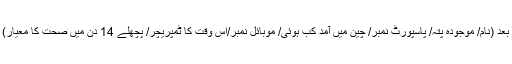
دو حکومتی سرٹیفیکیٹ کوڈ دیکھنے کے بعد (نام/ موجودہ پتہ/ پاسپورٹ نمبر/ چین میں آمد کب ہوئی/ موبائل نمبر/اس وقت کا ٹمپریچر/ پچھلے 14 دن میں صحت کا معیار) کا اندراج کر کے اندر جانے دیا جاتا ہے۔